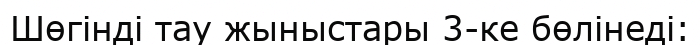
Шөгінді тау жыныстары 3-ке бөлінеді: